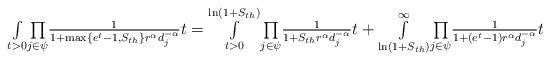
LaTeX: \begin{align*}\textstyle\underset{t>0}\int\underset{j \in \psi}\prod\frac{1}{1+\max\{e^t-1,S_{th}\} r^\alpha d_j^{-\alpha}}t=\overset{\ln(1+S_{th})}{\underset{t>0}\int}\underset{j \in \psi}\prod\frac{1}{1+S_{th} r^\alpha d_j^{-\alpha}}t +\overset{\infty}{\underset{\ln(1+S_{th})}\int}\underset{j \in \psi}\prod\frac{1}{1+(e^t-1) r^\alpha d_j^{-\alpha}}t\end{align*}